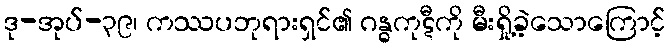
ဒု-အုပ်-၃၉၊ ကဿပဘုရားရှင်၏ ဂန္ဓကုဋီကို မီးရှို့ခဲ့သောကြောင့်